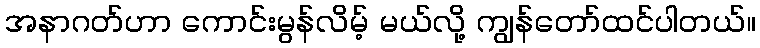
အနာဂတ်ဟာ ကောင်းမွန်လိမ့် မယ်လို့ ကျွန်တော်ထင်ပါတယ်။